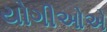
યોગીઓએ